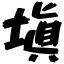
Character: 塡